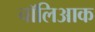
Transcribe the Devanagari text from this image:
चॉलिआक